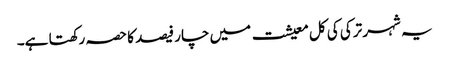
یہ شہر ترکی کی کل معیشت میں چار فیصد کا حصہ رکھتا ہے۔